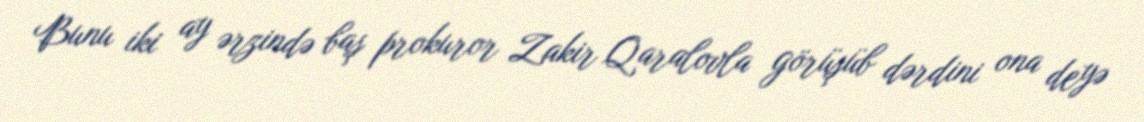
Bunu iki ay ərzində baş prokuror Zakir Qaralovla görüşüb dərdini ona deyə